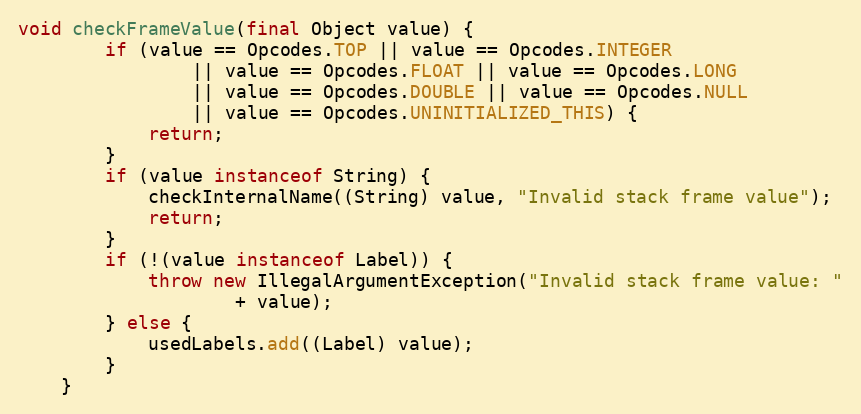
Language: Java
void checkFrameValue(final Object value) {
        if (value == Opcodes.TOP || value == Opcodes.INTEGER
                || value == Opcodes.FLOAT || value == Opcodes.LONG
                || value == Opcodes.DOUBLE || value == Opcodes.NULL
                || value == Opcodes.UNINITIALIZED_THIS) {
            return;
        }
        if (value instanceof String) {
            checkInternalName((String) value, "Invalid stack frame value");
            return;
        }
        if (!(value instanceof Label)) {
            throw new IllegalArgumentException("Invalid stack frame value: "
                    + value);
        } else {
            usedLabels.add((Label) value);
        }
    }